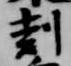
剋